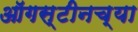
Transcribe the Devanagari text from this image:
ऑगस्टीनच्या